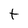
Character: t